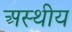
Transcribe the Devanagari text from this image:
अस्थीय